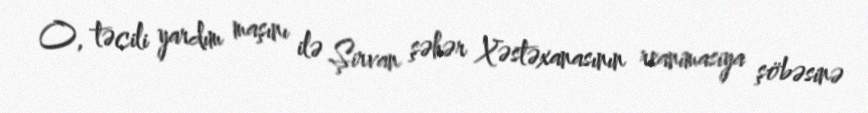
O, təcili yardım maşını ilə Şirvan şəhər Xəstəxanasının reanimasiya şöbəsinə